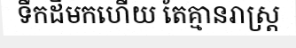
ទឹកដីមកហើយ តែគ្មានរាស្ត្រ